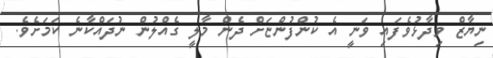
ނިޔާޒް ވިދާޅުވެފައި ވަނީ އެ ކުންފުންޏަށް ދެން މާލީ ގެއްލުން ނުދައްކާނެ ކަމަށެވެ.